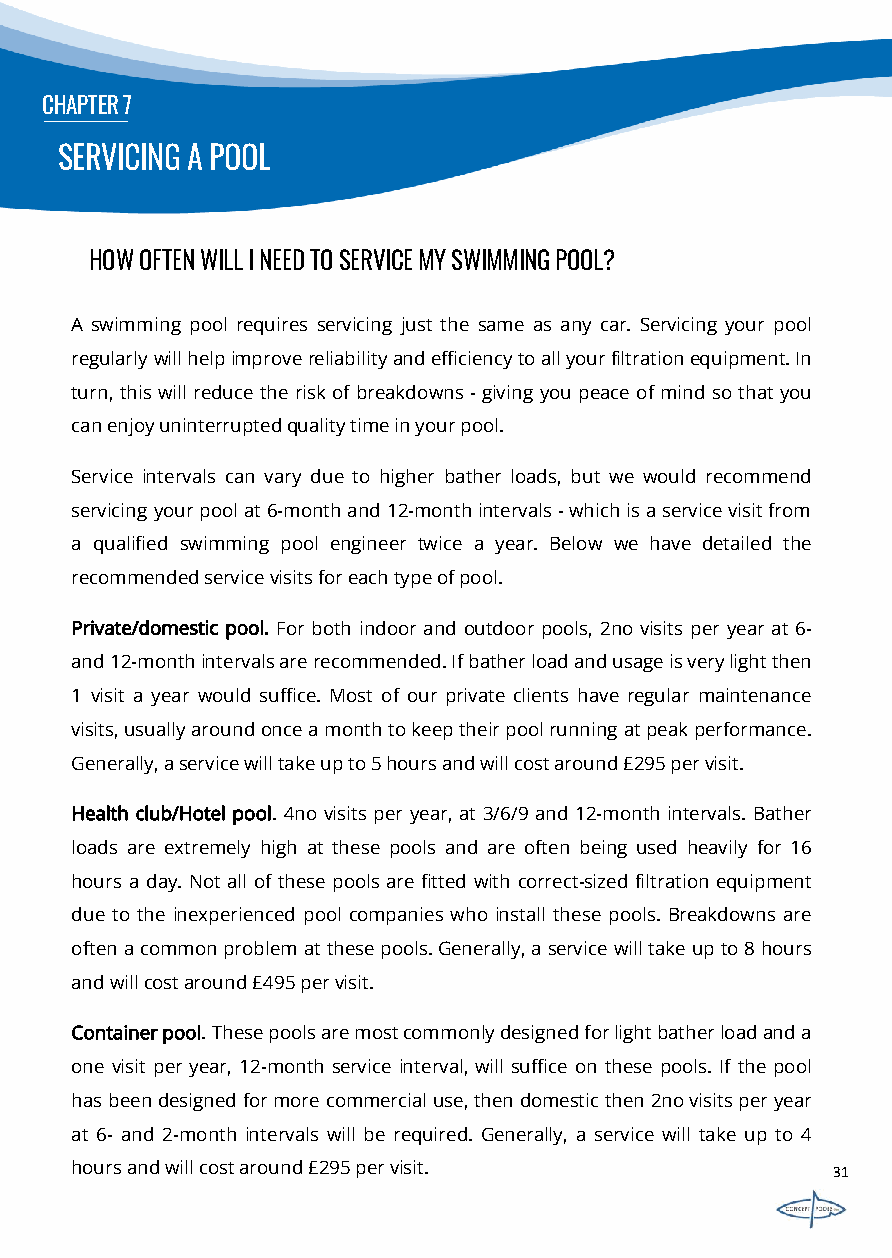
CHAPTER7
 SERVICING A POOL
 HOWOFTENWILLINEEDTOSERVICEMYSWIMMINGPOOL?
 A swimming pool requires servicing just the same as any car. Servicing your pool
 regularlywillhelpimprovereliabilityandefficiencytoallyourfiltrationequipment.In
 turn, this will reduce the risk ofbreakdowns -giving you peace ofmind sothat you
 canenjoyuninterruptedqualitytimeinyourpool.
 Service intervals can vary due to higher bather loads, but we would recommend
 servicingyourpoolat6-monthand12-monthintervals-whichisaservicevisitfrom
 a qualified swimming pool engineer twice a year. Below we have detailed the
 recommendedservicevisitsforeachtypeofpool.
 Private/domestic pool. For both indoor and outdoor pools, 2no visits per year at 6-
 and12-monthintervalsarerecommended.Ifbatherloadandusageisverylightthen
 1 visit a year would suffice. Most of our private clients have regular maintenance
 visits,usuallyaroundonceamonthtokeeptheirpoolrunningatpeakperformance.
 Generally,aservicewilltakeupto5hoursandwillcostaround£295pervisit.
 Health club/Hotel pool. 4no visits per year, at 3/6/9 and 12-month intervals. Bather
 loads are extremely high at these pools and are often being used heavily for 16
 hours a day. Not all of these pools are fitted with correct-sized filtration equipment
 due to the inexperienced pool companies who install these pools. Breakdowns are
 oftenacommonproblematthesepools.Generally,aservicewilltakeupto8hours
 andwillcostaround£495pervisit.
 Containerpool.Thesepoolsaremostcommonlydesignedforlightbatherloadanda
 one visit per year, 12-month service interval, will suffice on these pools. If the pool
 hasbeendesignedformorecommercialuse,thendomesticthen2novisitsperyear
 at 6- and 2-month intervals will be required. Generally, a service will take up to 4
 hoursandwillcostaround£295pervisit.               31